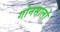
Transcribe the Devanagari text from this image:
गोनसालो